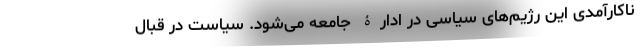
ناکارآمدی این رژیم‌های سیاسی در ادارۀ جامعه می‌شود. سیاست در قبال